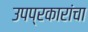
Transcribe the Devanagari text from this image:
उपप्रकारांचा